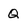
Character: Q